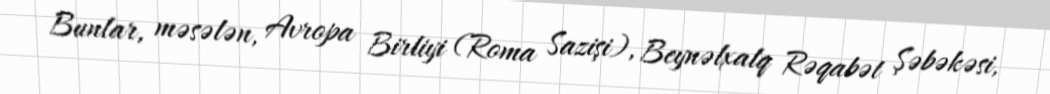
Bunlar, məsələn, Avropa Birliyi (Roma Sazişi), Beynəlxalq Rəqabət Şəbəkəsi,